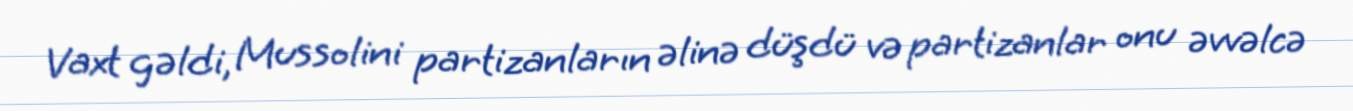
Vaxt gəldi, Mussolini partizanların əlinə düşdü və partizanlar onu əvvəlcə